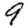
Digit: 9